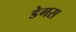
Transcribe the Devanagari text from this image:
डेगस